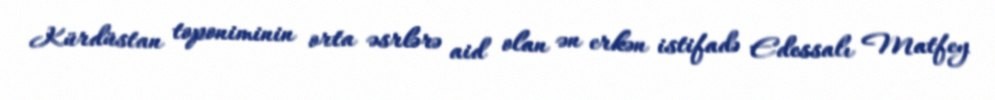
Kürdüstan toponiminin orta əsrlərə aid olan ən erkən istifadə Edessalı Matfey